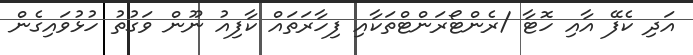
އަދި ކެފޭ އާއި ހޮޓާ /ރެންޓޯރަންޓްތަކާއި ފިހާރަތައް ކާފިއު ނޫން ވަގުތު ހުޅުވައިގެން